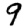
Digit: 9